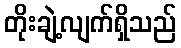
တိုးချဲ့လျက်ရှိသည်